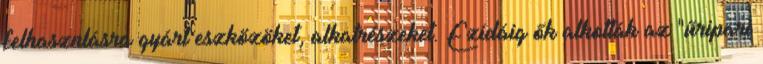
felhasznlásra gyárt eszközöket, alkatrészeket. Ezidáig ők alkották az "űripari